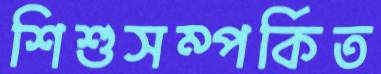
শিশুসম্পর্কিত